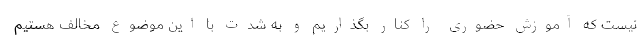
نیست که آموزش حضوری را کنار بگذاریم و به شدت با این موضوع مخالف هستیم